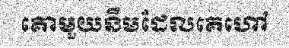
គោមួយនឹមដែលគេហៅ